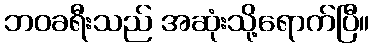
ဘဝခရီးသည် အဆုံးသို့ရောက်ပြီ။